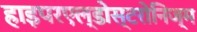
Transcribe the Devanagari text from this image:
हाइपरएल्डोस्टरोनिज्म